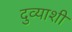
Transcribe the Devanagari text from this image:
दुव्याशी